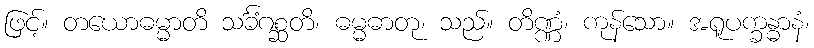
ဖြင့်။ တယောဓမ္မာတိ သင်္ခံဂစ္ဆတိ၊ ဓမ္မဓာတု၊ သည်။ တိဏ္ဏံ၊ ကုန်သော။ အရူပက္ခန္ဓာနံ၊